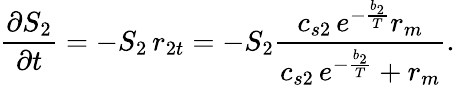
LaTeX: \frac{\partial S_{2}}{\partial t}=-S_{2}\, r_{2t}=-S_{2}\frac{c_{s2}\, e^{-\frac{b_{2}}{T}}r_{m}}{c_{s2}\, e^{-\frac{b_{2}}{T}}+r_{m}}.